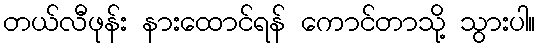
တယ်လီဖုန်း နားထောင်ရန် ကောင်တာသို့ သွားပါ။